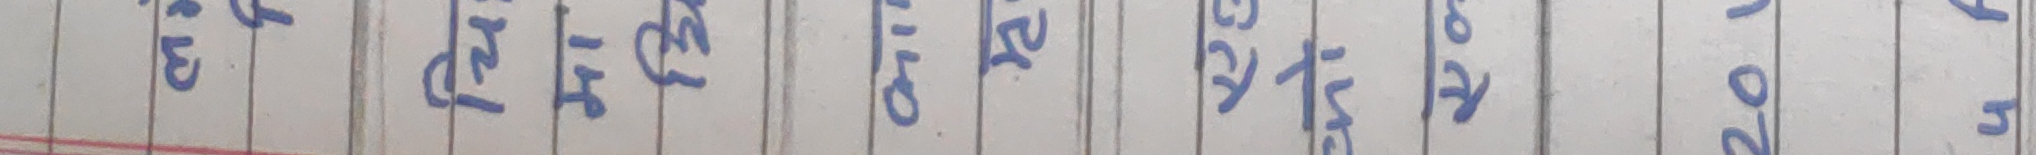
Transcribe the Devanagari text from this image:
परिवर्तन